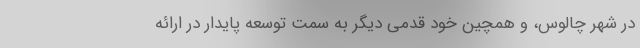
در شهر چالوس، و همچین خود قدمی دیگر به سمت توسعه پایدار در ارائه